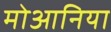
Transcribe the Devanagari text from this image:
मोआनिया